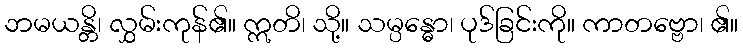
ဘမယန္တိ၊ လွှမ်းကုန်၏။ ဣတိ၊ သို့။ သမ္ပန္ဓော၊ ပုဒ်ခြင်းကို။ ကာတဗ္ဗော၊ ၏။